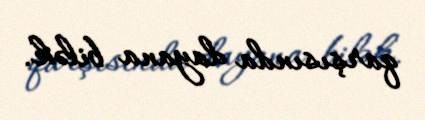
qarşısında dayana bilək.